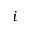
i